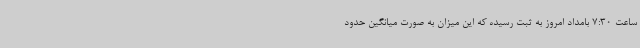
ساعت 7:30 بامداد امروز به ثبت رسیده که این میزان به صورت میانگین حدود